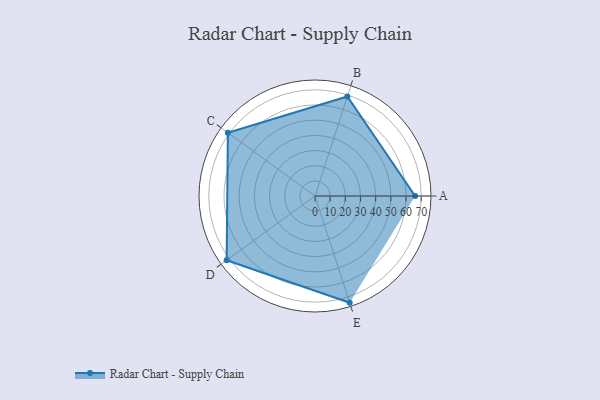
{"axis": {"x": "Skill", "y": "Score"}, "legend": ["Profile"], "data": [{"x": "A", "y": 66.0, "type": "Profile"}, {"x": "B", "y": 69.0, "type": "Profile"}, {"x": "C", "y": 71.0, "type": "Profile"}, {"x": "D", "y": 72.0, "type": "Profile"}, {"x": "E", "y": 74.0, "type": "Profile"}]}